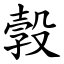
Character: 㝅